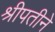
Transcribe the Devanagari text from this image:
श्रीपतीने